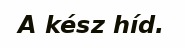
A kész híd.